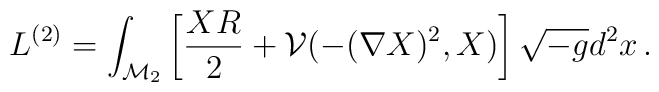
L^{(2)}=\int_{\mathcal{M}_2} \left[\frac{XR}2 +\mathcal{V}(-(\nabla X)^2,X)\right]\sqrt{-g}d^2x\,.